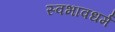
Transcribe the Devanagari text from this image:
स्वभावधर्म